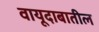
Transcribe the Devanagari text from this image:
वायूदाबातील